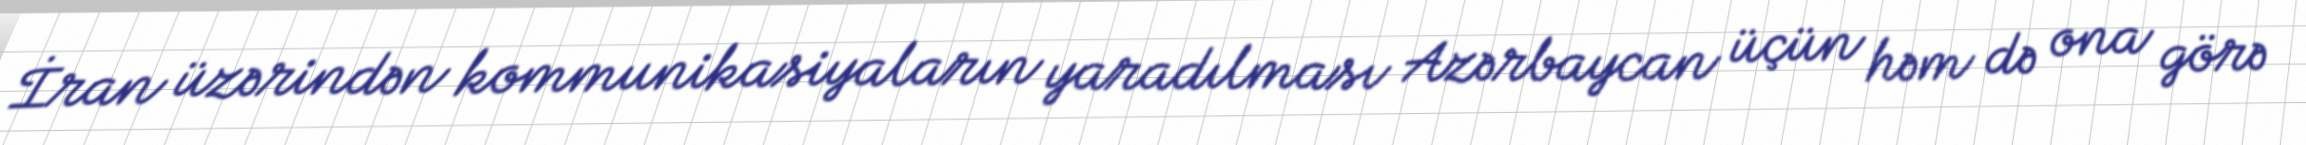
İran üzərindən kommunikasiyaların yaradılması Azərbaycan üçün həm də ona görə